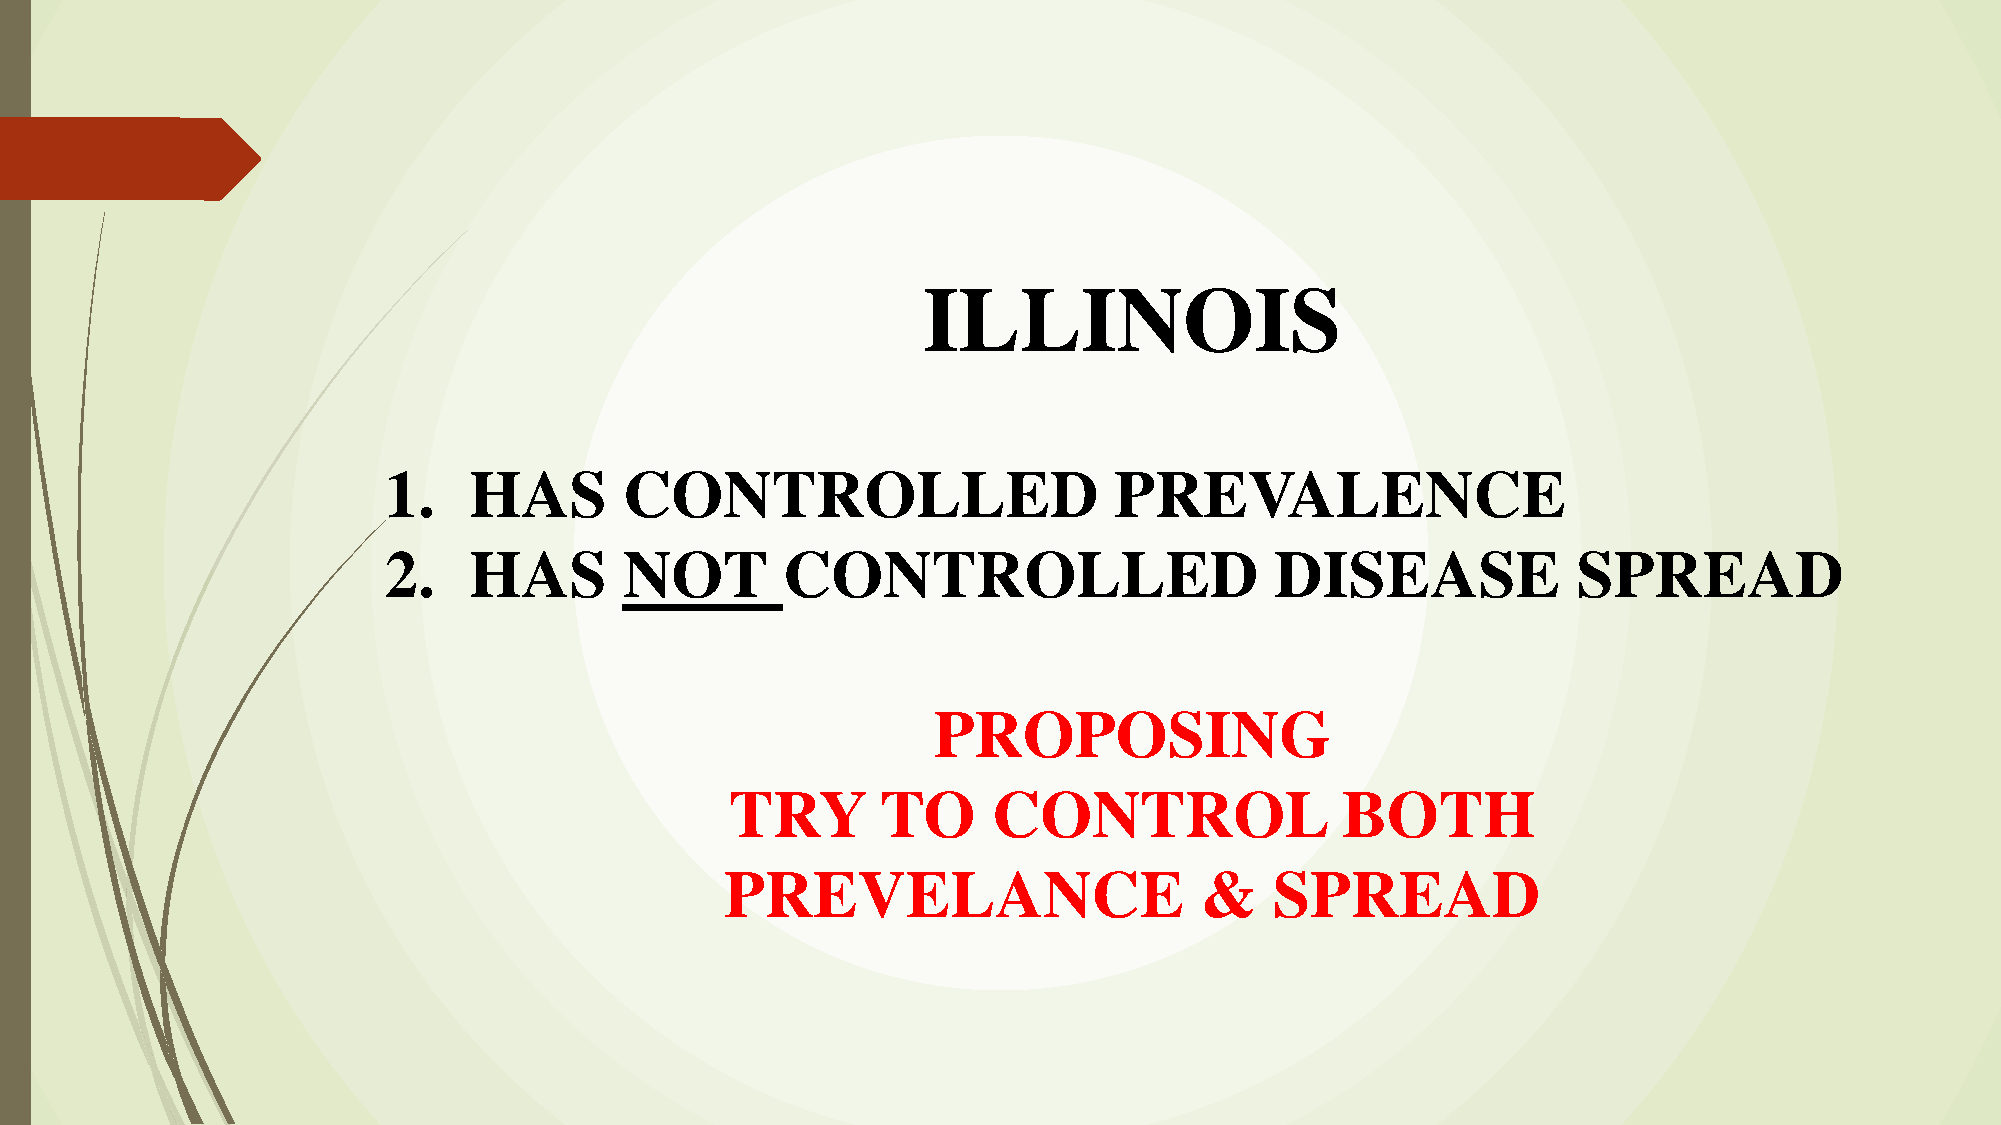
ILLINOIS
 1.    HAS       CONTROLLED                       PREVALENCE
 2.    HAS       NOT        CONTROLLED                      DISEASE             SPREAD
 PROPOSING
 TRY       TO      CONTROL                BOTH
 PREVELANCE                     &    SPREAD